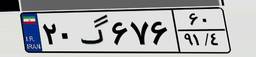
۲۰گ۶۷۶۶۰